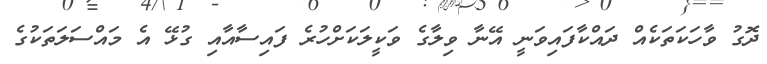
ދޮގު ވާހަކަތަކެއް ދައްކާފައިވަނީ އޭނާ ވިލާގެ ވަކީލަކަށްހުރެ ފައިސާއާއި ގުޅޭ އެ މައްސަލަތަކުގެ